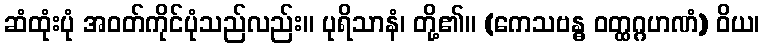
ဆံထုံးပုံ အဝတ်ကိုင်ပုံသည်လည်း။ ပုရိသာနံ၊ တို့၏။ (ကေသဗန္ဓ ဝတ္ထဂ္ဂဟဏံ) ဝိယ၊